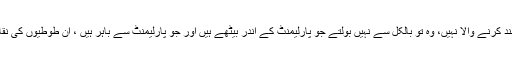
کوئی اس کے حق میں آواز بلند کرنے والا نہیں، وہ تو بالکل سے نہیں بولتے جو پارلیمنٹ کے اندر بیٹھے ہیں اور جو پارلیمنٹ سے باہر ہیں ، ان طوطیوں کی نقار خانے میں سنتا کوئی نہیں۔